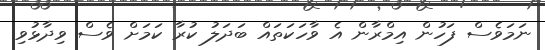
ނަމަވެސް ފަހުން އިމްރާން އެ ވާހަކަތައް ބަދަލު ކުރާ ކަމަށް ވެސް ވިދާޅުވި